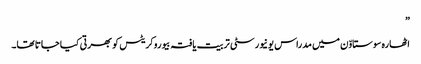
”
اٹھارہ سوستاوّن میں مدراس یونیورسٹی تربیت یافتہ بیوروکریٹس کو بھرتی کیا جاتا تھا۔